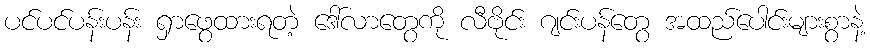
ပင်ပင်ပန်းပန်း ရှာဖွေထားရတဲ့ ဒေါ်လာတွေကို လီဗိုင်း ဂျင်းပန်တွေ အထည်ပေါင်းများစွာနဲ့